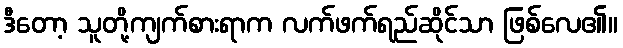
ဒီတော့ သူတို့ကျက်စားရာက လက်ဖက်ရည်ဆိုင်သာ ဖြစ်လေ၏။